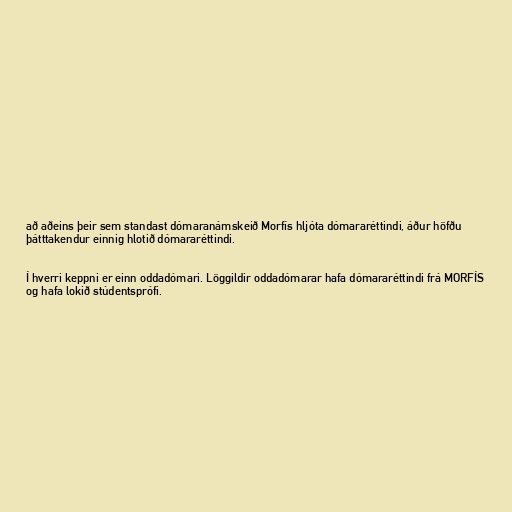
að aðeins þeir sem standast dómaranámskeið Morfís hljóta dómararéttindi, áður höfðu
þátttakendur einnig hlotið dómararéttindi.

Í hverri keppni er einn oddadómari. Löggildir oddadómarar hafa dómararéttindi frá MORFÍS
og hafa lokið stúdentsprófi.